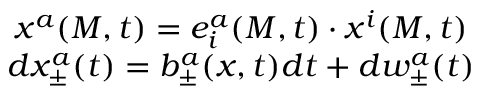
\begin{array} { c } { { x ^ { a } ( M , t ) = e _ { i } ^ { a } ( M , t ) \cdot x ^ { i } ( M , t ) } } \\ { { d x _ { \pm } ^ { a } ( t ) = b _ { \pm } ^ { a } ( x , t ) d t + d w _ { \pm } ^ { a } ( t ) } } \end{array}